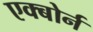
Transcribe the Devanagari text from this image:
एक्बोर्न